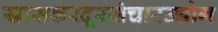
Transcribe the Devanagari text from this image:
खासकरदूरसंचारउद्योग